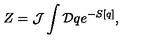
Z = { \cal J } \int { \cal D } q e ^ { - S [ q ] } ,